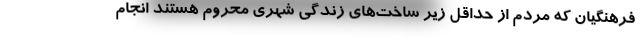
فرهنگیان که مردم از حداقل زیر ساخت‌های زندگی شهری محروم هستند انجام